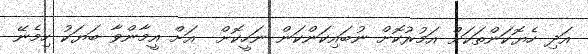
އަދި ހެޔޮކަންތަކަށް އަމުރުކޮށް ނުބައިކަންކަން ނަހީކޮށް  އަށް އީމާންވާ ބަޔަކު ހިމެނޭ